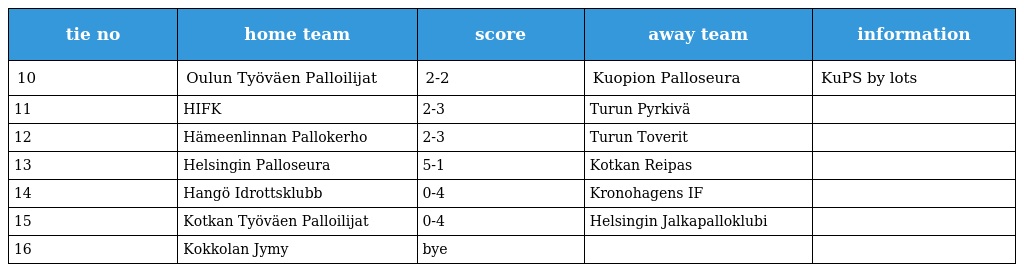
| tie no | home team | score | away team | information |
 | --- | --- | --- | --- | --- |
 | 10 | Oulun Työväen Palloilijat | 2-2 | Kuopion Palloseura | KuPS by lots |
 | 11 | HIFK | 2-3 | Turun Pyrkivä |  |
 | 12 | Hämeenlinnan Pallokerho | 2-3 | Turun Toverit |  |
 | 13 | Helsingin Palloseura | 5-1 | Kotkan Reipas |  |
 | 14 | Hangö Idrottsklubb | 0-4 | Kronohagens IF |  |
 | 15 | Kotkan Työväen Palloilijat | 0-4 | Helsingin Jalkapalloklubi |  |
 | 16 | Kokkolan Jymy | bye |  |  |